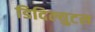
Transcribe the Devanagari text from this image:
डिदिल्युटस